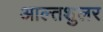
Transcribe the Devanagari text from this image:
आल्तशुलर